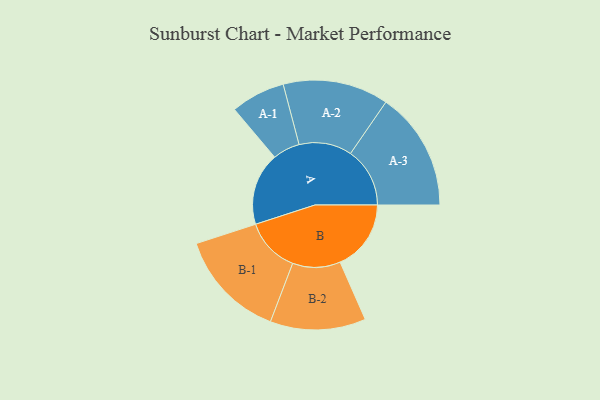
{"axis": {"x": "Segment", "y": "Value"}, "legend": ["", "A", "B"], "data": [{"x": "A", "y": 345, "type": ""}, {"x": "B", "y": 337, "type": ""}, {"x": "A-1", "y": 129, "type": "A"}, {"x": "A-2", "y": 251, "type": "A"}, {"x": "A-3", "y": 282, "type": "A"}, {"x": "B-1", "y": 260, "type": "B"}, {"x": "B-2", "y": 227, "type": "B"}]}